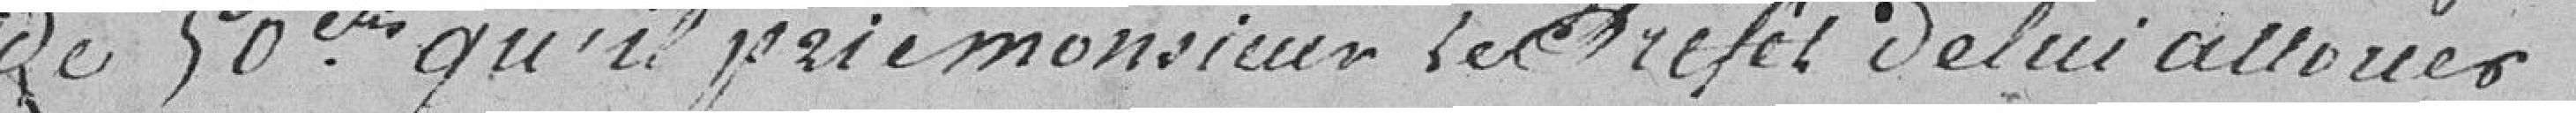
de 50 cts qu'il prie monsieur le Préfet de lui allouer.